Civil Veterinary Dept. North-West Frontier Province 1933-46 - 1933-1946
Year: 1933
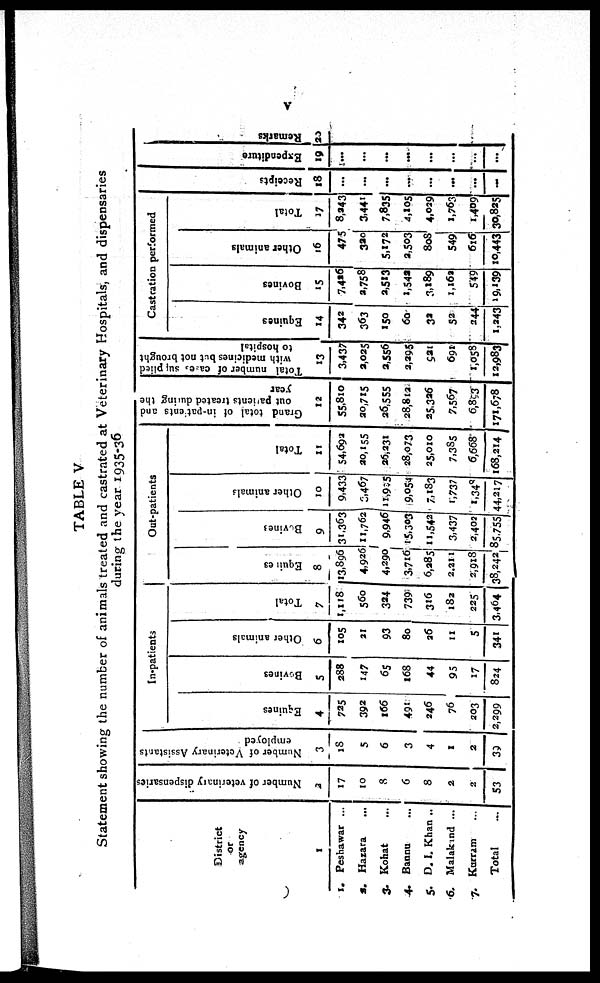
V
TABLE V
Statement showing the number of animals treated and castrated at Veterinary Hospitals, and dispensaries
during the year 1935-36
District
or
agency
1
1. Peshawar ...
2. Hazara ...
3. Kohat ...
4. Bannu ...
5. D. I. Khan ...
6. Malakind ...
7. Karram
...
Total
...
Number of veterinary dispensaries
2
17
10
8
6
8
2
2
53
Number of Veterinary Assistants
employed
3
18
5
6
3
4
1
2
39
In-patients
Equines
4
725
392
166
491
246
76
203
2,299
Bovines
5
288
147
65
168
44
95
17
824
Other animals
6
105
21
93
80
26
11
5
341
Total
7
1,118
560
324
739
316
182
225
3,464
Out-patients
Equines
8
113,896
4,926
4,290
3,716
6,285
2,211
2,918
38,242
Bovines
9
31,363
11,762
9,946
15,303
11,542
3,437
2,402
85,755
Other animals
10
9,433
6,467
11,905
9,054
7,183
1,737
1,348
44,217
Total
11
54,692
20,155
26,231
28,073
25,010
7,385
6,668
168,214
Grand total of in-pattents and
out patients
treated during the
year
12
55,810
20,715
26,555
28,8t2.
25,326
7,567
6,893
171,678
Total number of cases supplied
with medicines but not brought
to hospital
13
3,437
2,025
3,556
2,295
921
691
1,058
12,983
Castration performed
Equines
14
342
363
150
60
32
52
244
1,243
Bovines
15
7,426
2,758
2,513
1,542
3,189
1,162
549
19,139
Other animals
16
475
320
5,172
2,503
808
549
616
10,443
Total
17
8,343
3,441
7,835
4,105
4,029
1,763
1,409
30,825
Recei pt s
18
...
...
...
...
...
...
...
...
Expe ndi t
ur e
19
...
...
...
...
...
...
...
...
Re ma r
ks
20